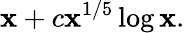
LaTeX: \mathbf{x}+c\mathbf{x}^{1/5}\log\mathbf{x}.